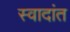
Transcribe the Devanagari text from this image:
स्वादांत